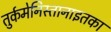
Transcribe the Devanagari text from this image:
तुर्कमेनिस्तानाइतका